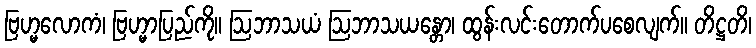
ဗြဟ္မလောကံ၊ ဗြဟ္မာပြည်ကို။ ဩဘာသယံ ဩဘာသယန္တော၊ ထွန်းလင်းတောက်ပစေလျက်။ တိဋ္ဌတိ၊